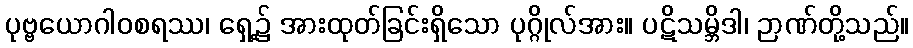
ပုဗ္ဗယောဂါဝစရဿ၊ ရှေ့၌ အားထုတ်ခြင်းရှိသော ပုဂ္ဂိုလ်အား။ ပဋိသမ္ဘိဒါ၊ ဉာဏ်တို့သည်။